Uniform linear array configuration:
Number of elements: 4
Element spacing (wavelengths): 1
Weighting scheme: blackman
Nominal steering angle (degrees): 0
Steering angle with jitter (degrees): -1.623
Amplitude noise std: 0.05
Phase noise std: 0.05

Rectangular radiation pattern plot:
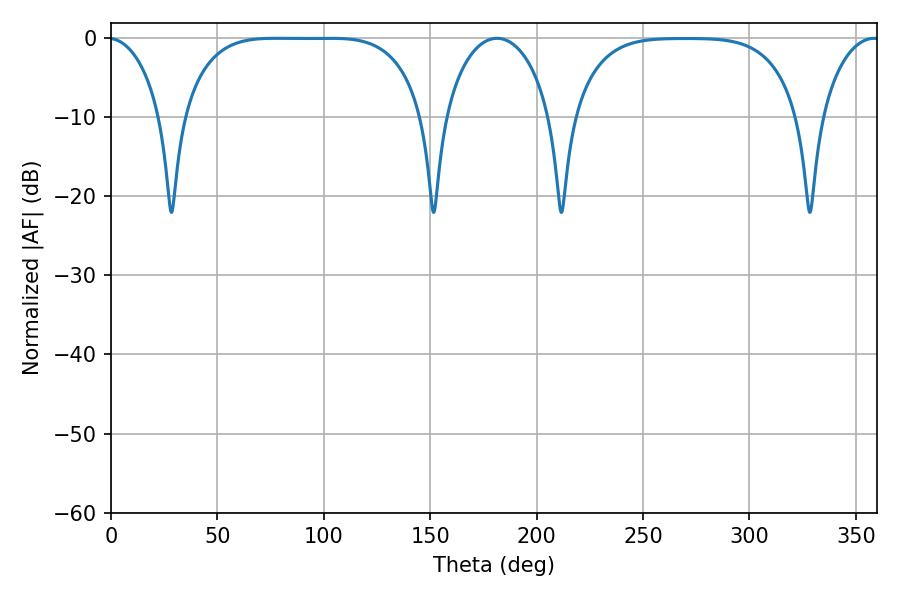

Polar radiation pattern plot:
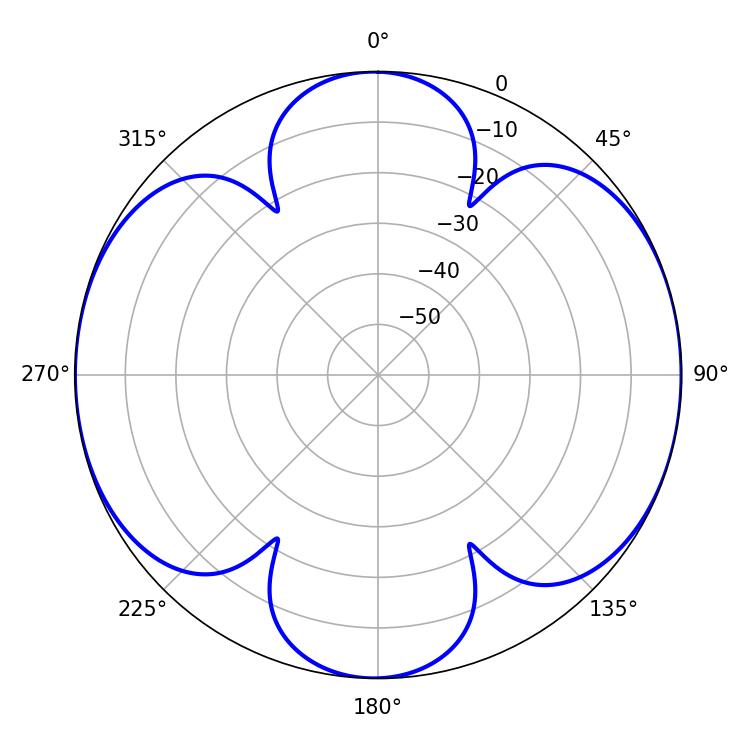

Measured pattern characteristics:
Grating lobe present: TRUE
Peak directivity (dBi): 12.961
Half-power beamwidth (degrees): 87.12
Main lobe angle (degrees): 77.4